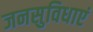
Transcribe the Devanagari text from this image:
जनसुविधाएं